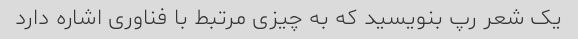
یک شعر رپ بنویسید که به چیزی مرتبط با فناوری اشاره دارد